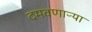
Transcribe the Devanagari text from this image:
दमवणाऱ्या